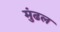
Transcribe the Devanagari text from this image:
मुंढल